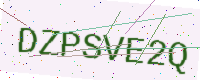
Text: DZPSVE2Q